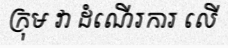
ក្រុម វា ដំណើរការ លើ